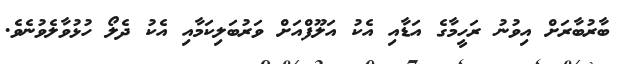
ބާރުބާރަށް އިވުނު ރަހީމާގެ އަޑާއި އެކު އަލޫފްއަށް ވަރުބަލިކަމާއި އެކު ދެލޯ ހުޅުވާލެވުނެވެ.